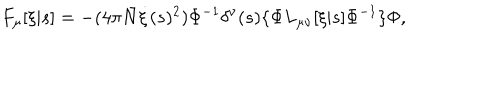
LaTeX: F _ { \mu } [ \xi | s ] = - ( 4 \pi { \bar { N } } \dot { \xi } ( s ) ^ { 2 } ) \Phi ^ { - 1 } \delta ^ { \nu } ( s ) \{ \Phi L _ { \mu \nu } [ \xi | s ] \Phi ^ { - 1 } \} \Phi ,